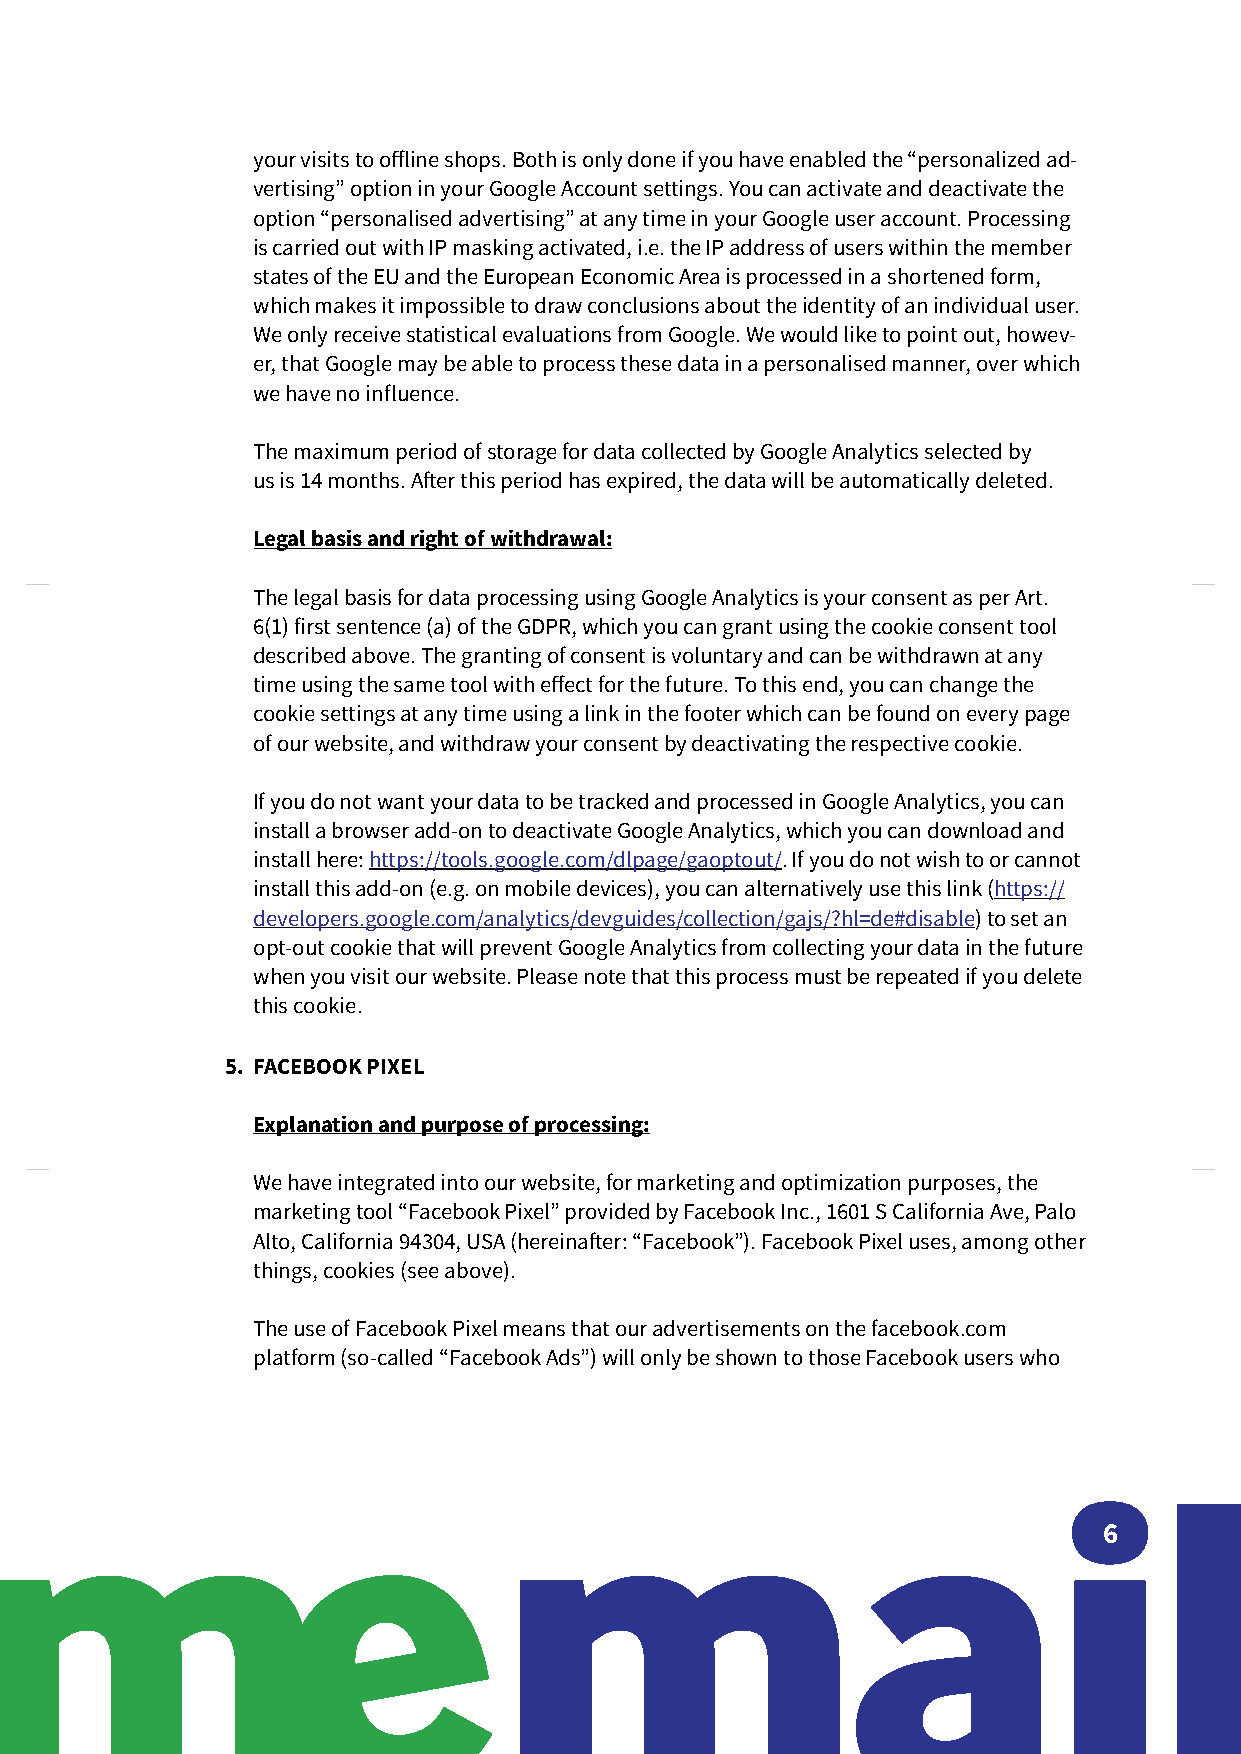
your visits to offline shops. Both is only done if you have enabled the “personalized ad-
 vertising” option in your Google Account settings. You can activate and deactivate the
 option “personalised advertising” at any time in your Google user account. Processing
 is carried out with IP masking activated, i.e. the IP address of users within the member
 states of the EU and the European Economic Area is processed in a shortened form,
 which makes it impossible to draw conclusions about the identity of an individual user.
 We only receive statistical evaluations from Google. We would like to point out, howev-
 er, that Google may be able to process these data in a personalised manner, over which
 we have no influence.
 The maximum period of storage for data collected by Google Analytics selected by
 us is 14 months. After this period has expired, the data will be automatically deleted.
 Legal basis and right of withdrawal:
 The legal basis for data processing using Google Analytics is your consent as per Art.
 6(1) first sentence (a) of the GDPR, which you can grant using the cookie consent tool
 described above. The granting of consent is voluntary and can be withdrawn at any
 time using the same tool with effect for the future. To this end, you can change the
 cookie settings at any time using a link in the footer which can be found on every page
 of our website, and withdraw your consent by deactivating the respective cookie.
 If you do not want your data to be tracked and processed in Google Analytics, you can
 install a browser add-on to deactivate Google Analytics, which you can download and
 install here: https://tools.google.com/dlpage/gaoptout/. If you do not wish to or cannot
 install this add-on (e.g. on mobile devices), you can alternatively use this link (https://
 developers.google.com/analytics/devguides/collection/gajs/?hl=de#disable) to set an
 opt-out cookie that will prevent Google Analytics from collecting your data in the future
 when you visit our website. Please note that this process must be repeated if you delete
 this cookie.
 5. FACEBOOK PIXEL
 Explanation and purpose of processing:
 We have integrated into our website, for marketing and optimization purposes, the
 marketing tool “Facebook Pixel” provided by Facebook Inc., 1601 S California Ave, Palo
 Alto, California 94304, USA (hereinafter: “Facebook”). Facebook Pixel uses, among other
 things, cookies (see above).
 The use of Facebook Pixel means that our advertisements on the facebook.com
 platform (so-called “Facebook Ads”) will only be shown to those Facebook users who
 6